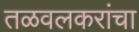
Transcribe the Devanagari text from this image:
तळवलकरांचा